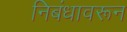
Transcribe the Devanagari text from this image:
निबंधावरून